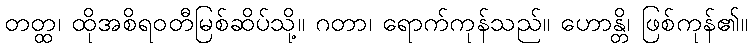
တတ္ထ၊ ထိုအစိရဝတီမြစ်ဆိပ်သို့။ ဂတာ၊ ရောက်ကုန်သည်။ ဟောန္တိ၊ ဖြစ်ကုန်၏။